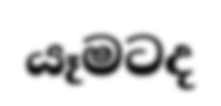
යෑමටද